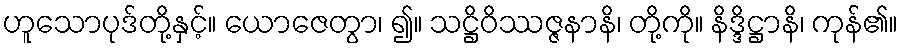
ဟူသောပုဒ်တို့နှင့်။ ယောဇေတွာ၊ ၍။ သဋ္ဌိဝိဿဇ္ဇနာနိ၊ တို့ကို။ နိဒ္ဒိဋ္ဌာနိ၊ ကုန်၏။